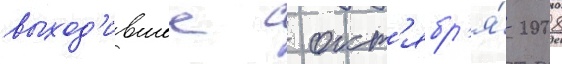
выход'ившее с окт'ябр'я́ 2008